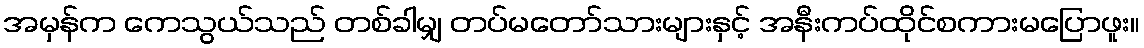
အမှန်က ကေသွယ်သည် တစ်ခါမျှ တပ်မတော်သားများနှင့် အနီးကပ်ထိုင်စကားမပြောဖူး။